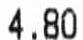
4.80